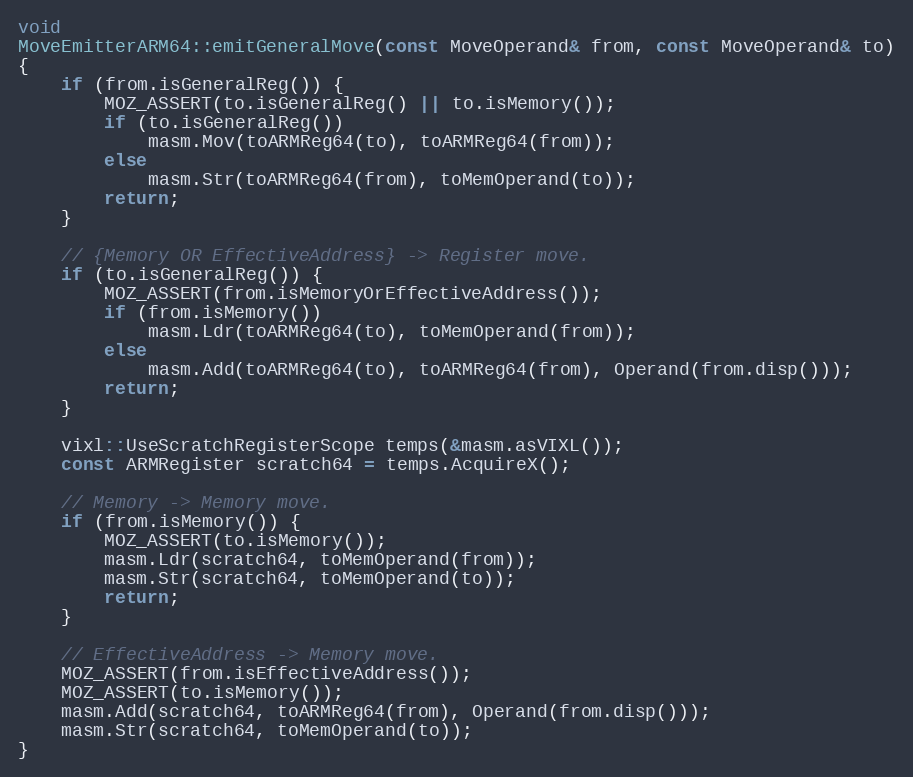
Language: C++
void
MoveEmitterARM64::emitGeneralMove(const MoveOperand& from, const MoveOperand& to)
{
    if (from.isGeneralReg()) {
        MOZ_ASSERT(to.isGeneralReg() || to.isMemory());
        if (to.isGeneralReg())
            masm.Mov(toARMReg64(to), toARMReg64(from));
        else
            masm.Str(toARMReg64(from), toMemOperand(to));
        return;
    }

    // {Memory OR EffectiveAddress} -> Register move.
    if (to.isGeneralReg()) {
        MOZ_ASSERT(from.isMemoryOrEffectiveAddress());
        if (from.isMemory())
            masm.Ldr(toARMReg64(to), toMemOperand(from));
        else
            masm.Add(toARMReg64(to), toARMReg64(from), Operand(from.disp()));
        return;
    }

    vixl::UseScratchRegisterScope temps(&masm.asVIXL());
    const ARMRegister scratch64 = temps.AcquireX();

    // Memory -> Memory move.
    if (from.isMemory()) {
        MOZ_ASSERT(to.isMemory());
        masm.Ldr(scratch64, toMemOperand(from));
        masm.Str(scratch64, toMemOperand(to));
        return;
    }

    // EffectiveAddress -> Memory move.
    MOZ_ASSERT(from.isEffectiveAddress());
    MOZ_ASSERT(to.isMemory());
    masm.Add(scratch64, toARMReg64(from), Operand(from.disp()));
    masm.Str(scratch64, toMemOperand(to));
}